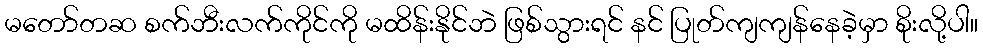
မတော်တဆ စက်ဘီးလက်ကိုင်ကို မထိန်းနိုင်ဘဲ ဖြစ်သွားရင် နင် ပြုတ်ကျကျန်နေခဲ့မှာ စိုးလို့ပါ။